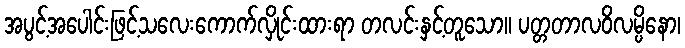
အပွင့်အပေါင်းဖြင့်သလေးကောက်လှိုင်းထားရာ တလင်းနှင့်တူသော။ ပတ္တတာလဝိလမ္ပိနော၊